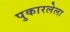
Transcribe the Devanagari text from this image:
पुकारलेला